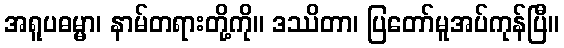
အရူပဓမ္မာ၊ နာမ်တရားတို့ကို။ ဒဿိတာ၊ ပြတော်မူအပ်ကုန်ပြီ။